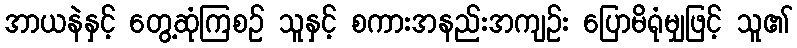
အာယနဲနှင့် တွေ့ဆုံကြစဉ် သူနှင့် စကားအနည်းအကျဉ်း ပြောမိရုံမျှဖြင့် သူ၏